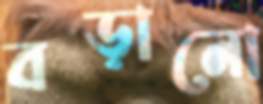
বড়ানো